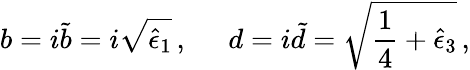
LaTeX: b=i\tilde{b}=i\sqrt{\hat{\epsilon}_{1}}\, ,\; \; \; \; \; d=i\tilde{d}=\sqrt{\frac{1}{4}+\hat{\epsilon}_{3}}\, ,